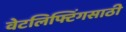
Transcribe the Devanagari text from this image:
वेटलिफ्टिंगसाठी